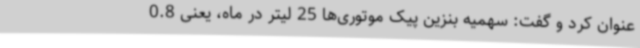
عنوان کرد و گفت: سهمیه بنزین پیک موتوری‌ها 25 لیتر در ماه، یعنی 0.8